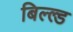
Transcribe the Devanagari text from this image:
बिल्ल्ड